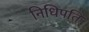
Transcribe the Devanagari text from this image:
निधिपति